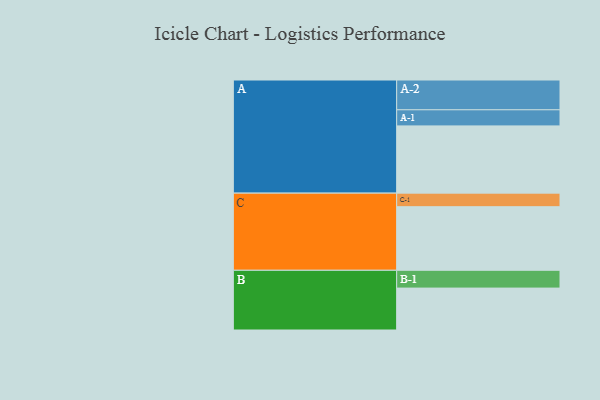
{"axis": {"x": "Segment", "y": "Value"}, "legend": ["", "A", "B", "C"], "data": [{"x": "A", "y": 555, "type": ""}, {"x": "B", "y": 346, "type": ""}, {"x": "C", "y": 525, "type": ""}, {"x": "A-1", "y": 133, "type": "A"}, {"x": "A-2", "y": 246, "type": "A"}, {"x": "B-1", "y": 147, "type": "B"}, {"x": "C-1", "y": 112, "type": "C"}]}